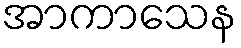
အာကာသေန